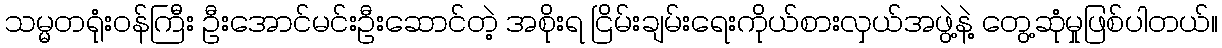
သမ္မတရုံးဝန်ကြီး ဦးအောင်မင်းဦးဆောင်တဲ့ အစိုးရ ငြိမ်းချမ်းရေးကိုယ်စားလှယ်အဖွဲ့နဲ့ တွေ့ဆုံမှုဖြစ်ပါတယ်။